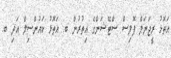
އަތޮޅު ރީޖަނަލް ޕޮލިސް ސްޓޭޝަންގެ އިތުރުން ބ. އަތޮޅު ކައުންސިލް އަދި ބ.